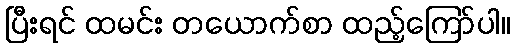
ပြီးရင် ထမင်း တယောက်စာ ထည့်ကြော်ပါ။